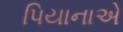
પિયાનાએ